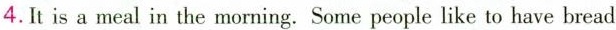
4.It is a meal in the morning. Some people like to have bread